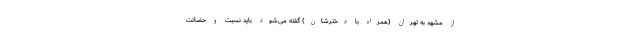
از مشهد به تهران (همراه با دخترشان) گفته می‌شود باید نسبت و حضانت